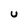
Character: U